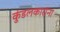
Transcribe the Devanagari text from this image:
कुंडलकारांना